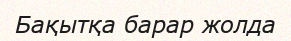
Бақытқа барар жолда